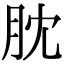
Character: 䶻